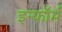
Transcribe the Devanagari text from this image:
इन्फॉर्म